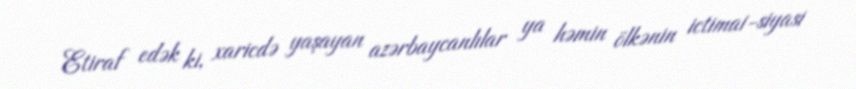
Etiraf edək ki, xaricdə yaşayan azərbaycanlılar ya həmin ölkənin ictimai-siyasi